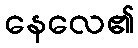
နေလေ၏